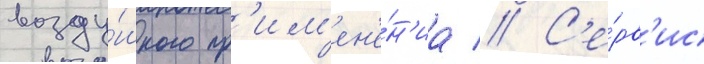
возду́шного пр'им'ен'е́н'иа // С'е́рв'ис